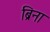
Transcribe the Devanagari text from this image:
ब्रिना